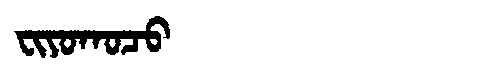
Manchu: ᠸᡳᠶᠣᡴᠣᠴᠣ
Romanization: FIYOKOCO